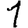
Digit: 1